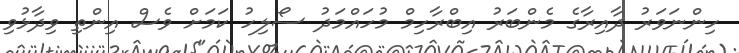
ހިންނަވަރު ދާއިރާގެ މެންބަރު އިބްރާހިމް މުހައްމަދު ސޯލިހު ކަމަށް ވެސް އިންތި ވިދާޅުވި